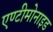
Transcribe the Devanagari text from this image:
एण्टीमोनाइड